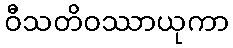
ဝီသတိဝဿာယုကာ